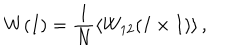
LaTeX: W ( I ) = \frac { 1 } { N } \langle W _ { 1 2 } ( I \times I ) \rangle \, ,